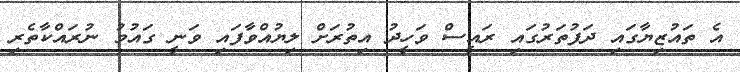
އެ ތައުޒިޔާގައި ދަފުތަރުގައި ރައީސް ވަހީދު އިތުރަށް ލިޔުއްވާފައި ވަނީ ގައުމު ނުރައްކާތެރި